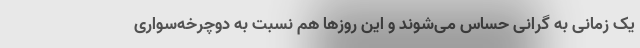
یک زمانی به گرانی حساس می‌شوند و این روزها هم نسبت به دوچرخه‌سواری